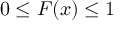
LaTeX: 0 \leq F ( x ) \leq 1